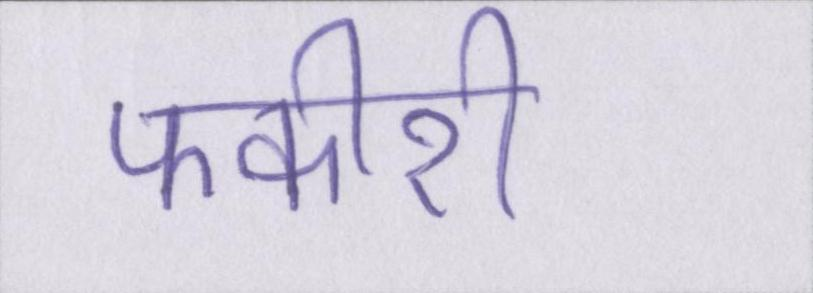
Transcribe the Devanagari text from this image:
फकीरी